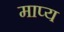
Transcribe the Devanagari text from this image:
माप्य